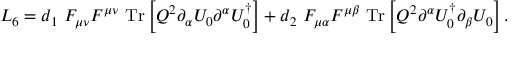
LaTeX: { \cal L } _ { 6 } = d _ { 1 } ~ F _ { \mu \nu } F ^ { \mu \nu } ~ \mathrm { T r } \left[ Q ^ { 2 } \partial _ { \alpha } U _ { 0 } \partial ^ { \alpha } U _ { 0 } ^ { \dagger } \right] + d _ { 2 } ~ F _ { \mu \alpha } F ^ { \mu \beta } ~ \mathrm { T r } \left[ Q ^ { 2 } \partial ^ { \alpha } U _ { 0 } ^ { \dagger } \partial _ { \beta } U _ { 0 } \right] .